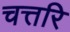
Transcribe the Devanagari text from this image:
चत्तरि